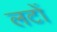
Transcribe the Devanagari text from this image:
लटों